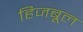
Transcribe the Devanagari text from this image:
हिजबूल